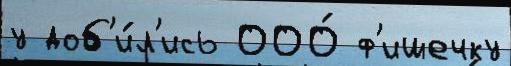
у доб'и́л'ись ООО́ ф'ишечку